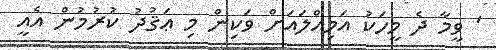
' ވީމާ ދެ މީހަކު އަމިއްލައަށް ވަކިން މި ޢަޤުދު ކުރުމުން އެއީ